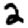
Digit: 2